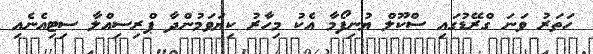
ހަތަރު ވަނަ ގްރޭޑުގައި ސްކޫލް ޔުނިފޯމާ އެކު މިހާރު ކިޔަވަމުންދާ ޕްރިސިއްލާ ސިޓިއެނެއި